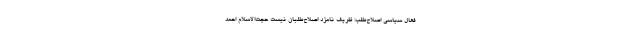
فعال سیاسی اصلاح‌طلب: ظریف نامزد اصلاح‌طلبان نیست حجت‌الاسلام احمد